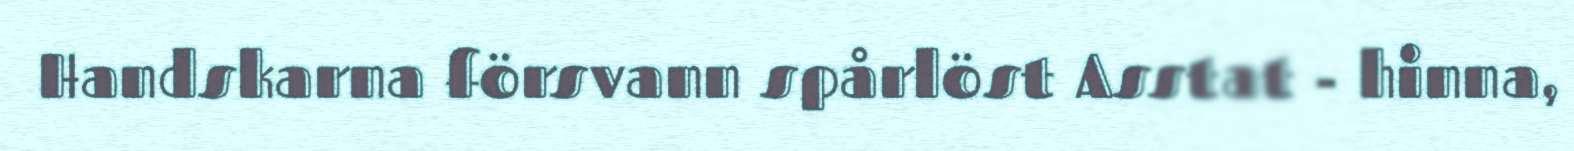
Handskarna försvann spårlöst Asstat - hinna,